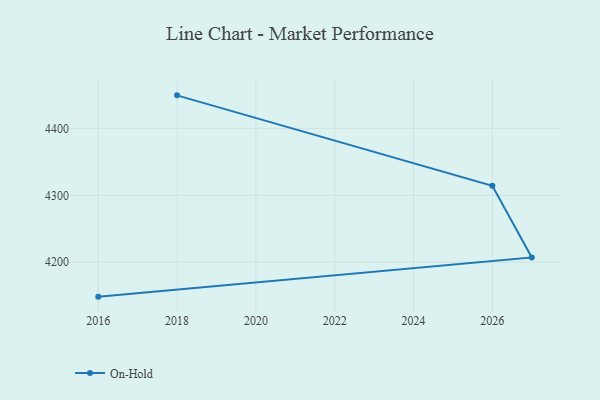
{"axis": {"x": "Year", "y": "Shipments"}, "legend": ["On-Hold"], "data": [{"x": "2016", "y": 4148.5, "type": "On-Hold"}, {"x": "2027", "y": 4207.1, "type": "On-Hold"}, {"x": "2026", "y": 4314.2, "type": "On-Hold"}, {"x": "2018", "y": 4449.4, "type": "On-Hold"}]}